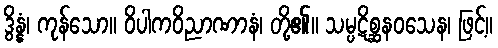
ဒွိန္နံ၊ ကုန်သော။ ဝိပါကဝိညာဏာနံ၊ တို့၏။ သမ္ပဋိစ္ဆနဝသေန၊ ဖြင့်။